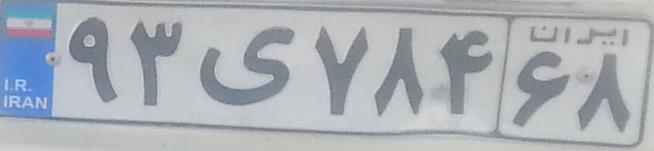
۹۳ی۷۸۴۶۸